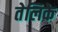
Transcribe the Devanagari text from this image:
तेलिके